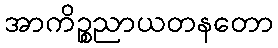
အာကိဉ္စညာယတနတော